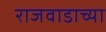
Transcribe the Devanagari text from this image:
राजवाडाच्या